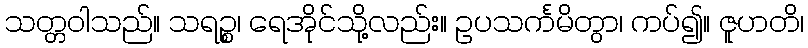
သတ္တဝါသည်။ သရဉ္စ၊ ရေအိုင်သို့လည်း။ ဥပသင်္ကမိတွာ၊ ကပ်၍။ ဇူဟတိ၊